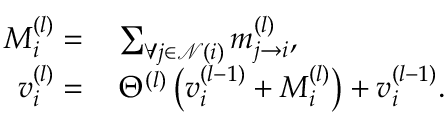
\begin{array} { r l } { M _ { i } ^ { ( l ) } = } & { { } \sum _ { \forall j \in \mathcal { N } ( i ) } m _ { j \rightarrow { i } } ^ { ( l ) } , } \\ { v _ { i } ^ { ( l ) } = } & { { } \, \Theta ^ { ( l ) } \left( v _ { i } ^ { ( l - 1 ) } + M _ { i } ^ { ( l ) } \right) + v _ { i } ^ { ( l - 1 ) } . } \end{array}